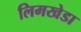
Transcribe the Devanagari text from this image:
लिमखेडा